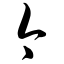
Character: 今